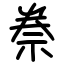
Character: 䄅